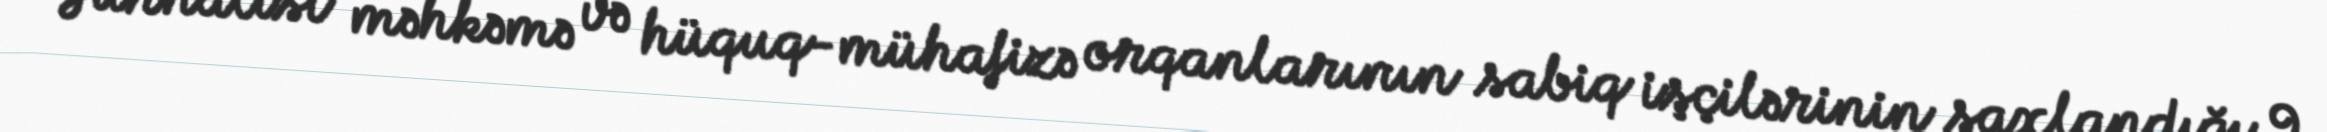
Jurnalist məhkəmə və hüquq-mühafizə orqanlarının sabiq işçilərinin saxlandığı 9